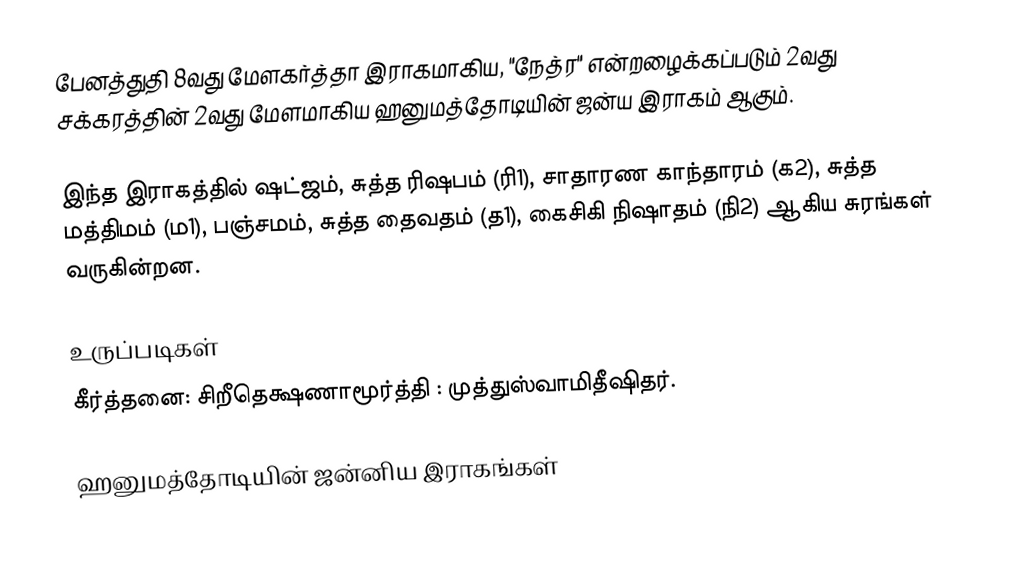
பேனத்துதி 8வது மேளகர்த்தா இராகமாகிய, "நேத்ர" என்றழைக்கப்படும் 2வது சக்கரத்தின் 2வது மேளமாகிய ஹனுமத்தோடியின் ஜன்ய இராகம் ஆகும்.

இந்த இராகத்தில் ஷட்ஜம், சுத்த ரிஷபம் (ரி1),  சாதாரண காந்தாரம் (க2), சுத்த மத்திமம் (ம1), பஞ்சமம், சுத்த தைவதம் (த1), கைசிகி நிஷாதம்  (நி2) ஆகிய சுரங்கள் வருகின்றன.

உருப்படிகள்
 கீர்த்தனை: சிறீதெக்ஷணாமூர்த்தி : முத்துஸ்வாமிதீஷிதர்.

ஹனுமத்தோடியின் ஜன்னிய இராகங்கள்